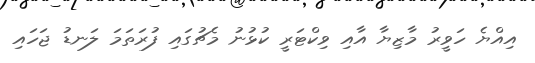
އިއްޔެ ހަވީރު މާޒިޔާ އާއި ވިކްޓަރީ ކުޅުނު މެޗުގައި ފުރަތަމަ ލަނޑު ޖަހައި